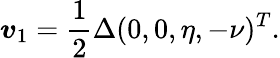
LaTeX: \boldsymbol{v}_{1}=\frac{1}{2}\Delta(0,0,\eta,-\nu)^{T}.